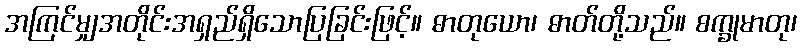
အကြင်မျှအတိုင်းအရှည်ရှိသောပြခြင်းဖြင့်။ ဓာတုယော၊ ဓာတ်တို့သည်။ စက္ခုမာတု၊